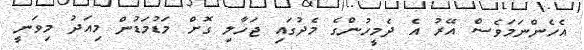
އެހެންނަމަވެސް އޭރު އެ ދެމީހުންގެ މެދުގައި ޖަހާލި ގޮށް މަޑުމަޑުން މިއަދު މިވަނީ